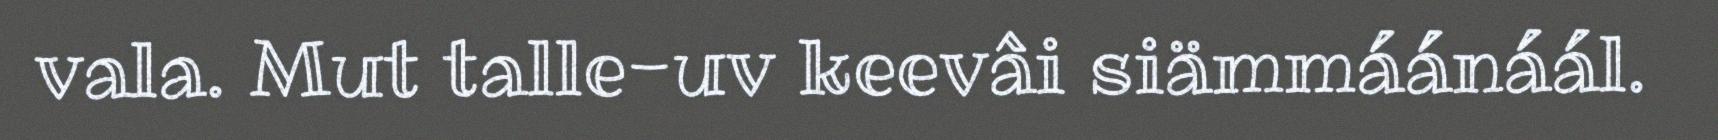
vala. Mut talle-uv keevâi siämmáánáál.